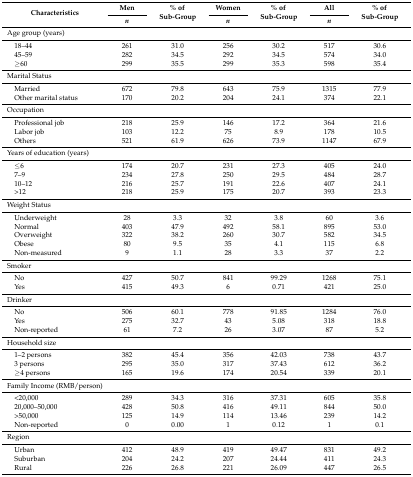
<table><thead><tr><td rowspan="2"><b>Characteristics</b></td><td><b>Men</b></td><td rowspan="2"><b>% of Sub-Group</b></td><td><b>Women</b></td><td rowspan="2"><b>% of Sub-Group</b></td><td><b>All</b></td><td rowspan="2"><b>% of Sub-Group</b></td></tr><tr><td><b><i>n</i></b></td><td><b><i>n</i></b></td><td><b><i>n</i></b></td></tr></thead><tbody><tr><td>Age group (years)</td><td></td><td></td><td></td><td></td><td></td><td></td></tr><tr><td> 18–44</td><td>261</td><td>31.0</td><td>256</td><td>30.2</td><td>517</td><td>30.6</td></tr><tr><td> 45–59</td><td>282</td><td>34.5</td><td>292</td><td>34.5</td><td>574</td><td>34.0</td></tr><tr><td> ≥60</td><td>299</td><td>35.5</td><td>299</td><td>35.3</td><td>598</td><td>35.4</td></tr><tr><td>Marital Status</td><td></td><td></td><td></td><td></td><td></td><td></td></tr><tr><td> Married</td><td>672</td><td>79.8</td><td>643</td><td>75.9</td><td>1315</td><td>77.9</td></tr><tr><td> Other marital status</td><td>170</td><td>20.2</td><td>204</td><td>24.1</td><td>374</td><td>22.1</td></tr><tr><td>Occupation</td><td></td><td></td><td></td><td></td><td></td><td></td></tr><tr><td> Professional job</td><td>218</td><td>25.9</td><td>146</td><td>17.2</td><td>364</td><td>21.6</td></tr><tr><td> Labor job</td><td>103</td><td>12.2</td><td>75</td><td>8.9</td><td>178</td><td>10.5</td></tr><tr><td> Others</td><td>521</td><td>61.9</td><td>626</td><td>73.9</td><td>1147</td><td>67.9</td></tr><tr><td>Years of education (years)</td><td></td><td></td><td></td><td></td><td></td><td></td></tr><tr><td> ≤6</td><td>174</td><td>20.7</td><td>231</td><td>27.3</td><td>405</td><td>24.0</td></tr><tr><td> 7–9</td><td>234</td><td>27.8</td><td>250</td><td>29.5</td><td>484</td><td>28.7</td></tr><tr><td> 10–12</td><td>216</td><td>25.7</td><td>191</td><td>22.6</td><td>407</td><td>24.1</td></tr><tr><td> &gt;12</td><td>218</td><td>25.9</td><td>175</td><td>20.7</td><td>393</td><td>23.3</td></tr><tr><td>Weight Status</td><td></td><td></td><td></td><td></td><td></td><td></td></tr><tr><td> Underweight</td><td>28</td><td>3.3</td><td>32</td><td>3.8</td><td>60</td><td>3.6</td></tr><tr><td> Normal</td><td>403</td><td>47.9</td><td>492</td><td>58.1</td><td>895</td><td>53.0</td></tr><tr><td> Overweight</td><td>322</td><td>38.2</td><td>260</td><td>30.7</td><td>582</td><td>34.5</td></tr><tr><td> Obese</td><td>80</td><td>9.5</td><td>35</td><td>4.1</td><td>115</td><td>6.8</td></tr><tr><td> Non-measured</td><td>9</td><td>1.1</td><td>28</td><td>3.3</td><td>37</td><td>2.2</td></tr><tr><td>Smoker</td><td></td><td></td><td></td><td></td><td></td><td></td></tr><tr><td> No</td><td>427</td><td>50.7</td><td>841</td><td>99.29</td><td>1268</td><td>75.1</td></tr><tr><td> Yes</td><td>415</td><td>49.3</td><td>6</td><td>0.71</td><td>421</td><td>25.0</td></tr><tr><td>Drinker</td><td></td><td></td><td></td><td></td><td></td><td></td></tr><tr><td> No</td><td>506</td><td>60.1</td><td>778</td><td>91.85</td><td>1284</td><td>76.0</td></tr><tr><td> Yes</td><td>275</td><td>32.7</td><td>43</td><td>5.08</td><td>318</td><td>18.8</td></tr><tr><td> Non-reported</td><td>61</td><td>7.2</td><td>26</td><td>3.07</td><td>87</td><td>5.2</td></tr><tr><td>Household size</td><td></td><td></td><td></td><td></td><td></td><td></td></tr><tr><td> 1–2 persons</td><td>382</td><td>45.4</td><td>356</td><td>42.03</td><td>738</td><td>43.7</td></tr><tr><td> 3 persons</td><td>295</td><td>35.0</td><td>317</td><td>37.43</td><td>612</td><td>36.2</td></tr><tr><td> ≥4 persons</td><td>165</td><td>19.6</td><td>174</td><td>20.54</td><td>339</td><td>20.1</td></tr><tr><td>Family Income (RMB/person)</td><td></td><td></td><td></td><td></td><td></td><td></td></tr><tr><td> &lt;20,000</td><td>289</td><td>34.3</td><td>316</td><td>37.31</td><td>605</td><td>35.8</td></tr><tr><td> 20,000–50,000</td><td>428</td><td>50.8</td><td>416</td><td>49.11</td><td>844</td><td>50.0</td></tr><tr><td> &gt;50,000</td><td>125</td><td>14.9</td><td>114</td><td>13.46</td><td>239</td><td>14.2</td></tr><tr><td> Non-reported</td><td>0</td><td>0.00</td><td>1</td><td>0.12</td><td>1</td><td>0.1</td></tr><tr><td>Region</td><td></td><td></td><td></td><td></td><td></td><td></td></tr><tr><td> Urban</td><td>412</td><td>48.9</td><td>419</td><td>49.47</td><td>831</td><td>49.2</td></tr><tr><td> Suburban</td><td>204</td><td>24.2</td><td>207</td><td>24.44</td><td>411</td><td>24.3</td></tr><tr><td> Rural</td><td>226</td><td>26.8</td><td>221</td><td>26.09</td><td>447</td><td>26.5</td></tr></tbody></table>